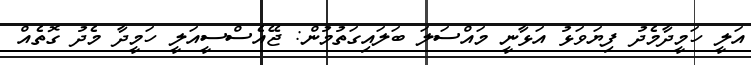
އަލީ ހަމީދާމެދު ފިޔަވަޅު އަޅާނީ މައްސަލަ ބަލައިގަތުމުން: ޖޭއެސްސީއަލީ ހަމީދާ މެދު ގޮތެއް